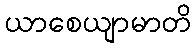
ယာစေယျာမာတိ